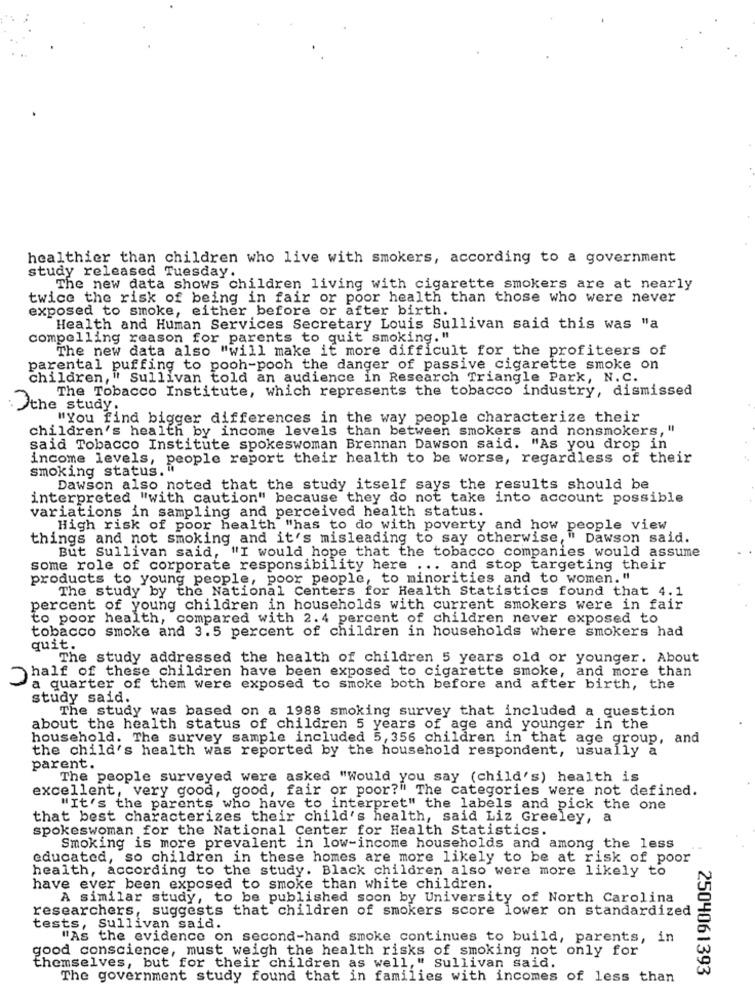
healthier than children who live with smokers, according to a government
study released Tuesday.
The new data shows children living with cigarette smokers are at nearly
twice the risk of being in fair or poor health than those who were never
exposed to smoke, either before or after birth.
Health and Human Services Secretary Louis Sullivan said this was "a
compelling reason for parents to quit smoking. "
The new data also "will make it more difficult for the profiteers of
parental puffing to pooh-pooh the danger of passive cigarette smoke on
children, " Sullivan told an audience in Research Triangle Park, N.C.
The Tobacco Institute, which represents the tobacco industry, dismissed
Othe study.
"You find bigger differences in the way people characterize their
children's health by income levels than between smokers and nonsmokers, "
said Tobacco Institute spokeswoman Brennan Dawson said. "As you drop in
income levels, people report their health to be worse, regardless of their
smoking status. i
Dawson also noted that the study itself says the results should be
interpreted "with caution" because they do not take into account possible
variations in sampling and perceived health status.
High risk of poor health "has to do with poverty and how people view
things and not smoking and it's misleading to say otherwise," Dawson said.
But Sullivan said, "'I would hope that the tobacco companies would assume
some role of corporate responsibility here ... and stop targeting their
products to young people, poor people, to minorities and to women. "
The study by the National Centers for Health Statistics found that 4.1
percent of young children in households with current smokers were in fair
to poor health, compared with 2. 4 percent of children never exposed to
tobacco smoke and 3.5 percent of children in households where smokers had
quit.
The study addressed the health of children 5 years old or younger, About
half of these children have been exposed to cigarette smoke, and more than
a quarter of them were exposed to smoke both before and after birth, the
study said.
The study was based on a 1988 smoking survey that included a question
about the health status of children 5 years of age and younger in the
household. The survey sample included 5,356 children in that age group, and
the child's health was reported by the household respondent, usually a
parent.
The people surveyed were asked "Would you say (child's) health is
excellent, very good, good, fair or poor?" The categories were not defined.
"It's the parents who have to interpret" the labels and pick the one
that best characterizes their child's health, said Liz Greeley, a
spokeswoman for the National Center for Health Statistics.
Smoking is more prevalent in low-income households and among the less
educated, so children in these homes are more likely to be at risk of poor
health, according to the study. Black children also were more likely to
have ever been exposed to smoke than white children.
A similar study, to be published soon by University of North Carolina
researchers, suggests that children of smokers score lower on standardized
tests, Sullivan said.
"As the evidence on second-hand smoke continues to build, parents, in
good conscience, must weigh the health risks of smoking not only for
themselves, but for their children as well," Sullivan said.
2504061393
The government study found that in families with incomes of less than